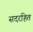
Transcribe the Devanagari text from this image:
सदरहित